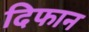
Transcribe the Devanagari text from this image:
दिफान